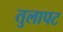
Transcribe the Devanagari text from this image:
तुलापट